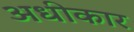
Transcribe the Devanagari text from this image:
अधीकार